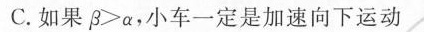
C.如果$$β > α$$，小车一定是加速向下运动